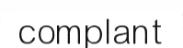
complant